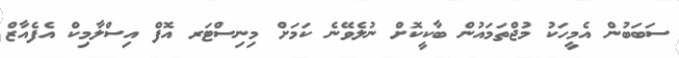
ސަބަބުން އެމީހަކު މުޖްތަމައުން ބާކީކޮށް ނުލެވޭނެ ކަމަށް މިިނިސްޓަރ އޮފް އިސްލާމިކް އެފެއާޒް